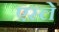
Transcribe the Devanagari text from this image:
एस्ले